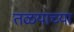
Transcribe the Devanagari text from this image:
तळयाच्या